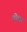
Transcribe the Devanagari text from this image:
लीबर